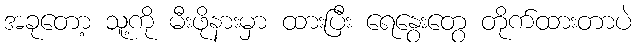
အခုတော့ သူ့ကို မီးဖိုနားမှာ ထားပြီး ရေနွေးတွေ တိုက်ထားတာပဲ